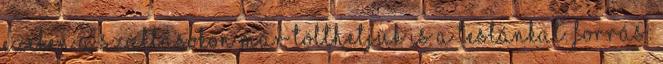
Ezeken a szállásokon már tölthetjük is a Teslánkat. Forrás: